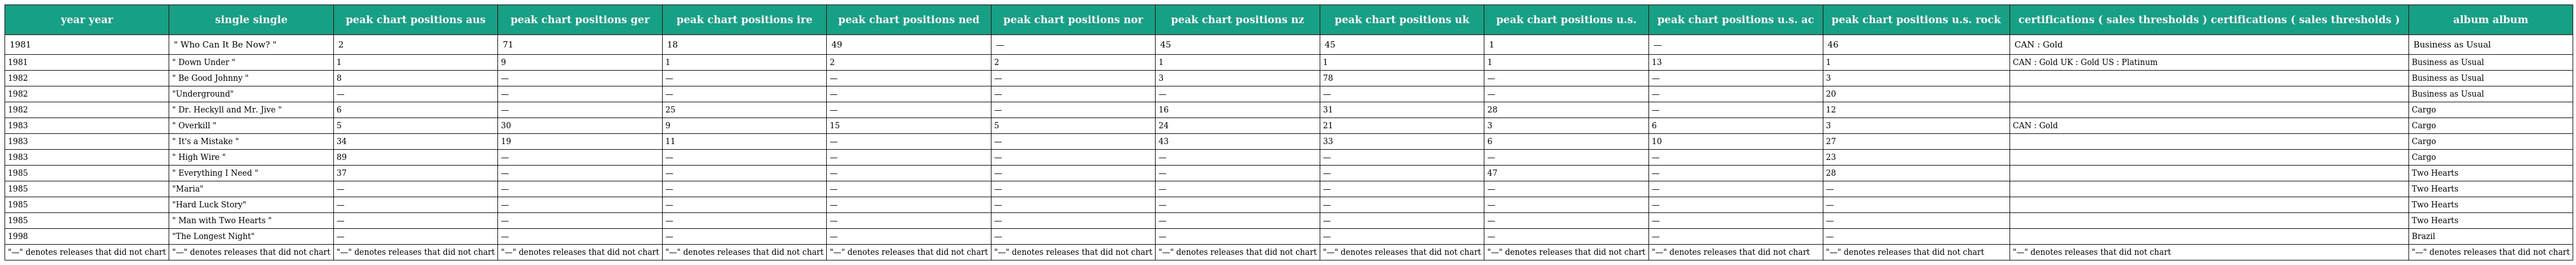
| year year | single single | peak chart positions aus | peak chart positions ger | peak chart positions ire | peak chart positions ned | peak chart positions nor | peak chart positions nz | peak chart positions uk | peak chart positions u.s. | peak chart positions u.s. ac | peak chart positions u.s. rock | certifications ( sales thresholds ) certifications ( sales thresholds ) | album album |
 | --- | --- | --- | --- | --- | --- | --- | --- | --- | --- | --- | --- | --- | --- |
 | 1981 | " Who Can It Be Now? " | 2 | 71 | 18 | 49 | — | 45 | 45 | 1 | — | 46 | CAN : Gold | Business as Usual |
 | 1981 | " Down Under " | 1 | 9 | 1 | 2 | 2 | 1 | 1 | 1 | 13 | 1 | CAN : Gold UK : Gold US : Platinum | Business as Usual |
 | 1982 | " Be Good Johnny " | 8 | — | — | — | — | 3 | 78 | — | — | 3 |  | Business as Usual |
 | 1982 | "Underground" | — | — | — | — | — | — | — | — | — | 20 |  | Business as Usual |
 | 1982 | " Dr. Heckyll and Mr. Jive " | 6 | — | 25 | — | — | 16 | 31 | 28 | — | 12 |  | Cargo |
 | 1983 | " Overkill " | 5 | 30 | 9 | 15 | 5 | 24 | 21 | 3 | 6 | 3 | CAN : Gold | Cargo |
 | 1983 | " It's a Mistake " | 34 | 19 | 11 | — | — | 43 | 33 | 6 | 10 | 27 |  | Cargo |
 | 1983 | " High Wire " | 89 | — | — | — | — | — | — | — | — | 23 |  | Cargo |
 | 1985 | " Everything I Need " | 37 | — | — | — | — | — | — | 47 | — | 28 |  | Two Hearts |
 | 1985 | "Maria" | — | — | — | — | — | — | — | — | — | — |  | Two Hearts |
 | 1985 | "Hard Luck Story" | — | — | — | — | — | — | — | — | — | — |  | Two Hearts |
 | 1985 | " Man with Two Hearts " | — | — | — | — | — | — | — | — | — | — |  | Two Hearts |
 | 1998 | "The Longest Night" | — | — | — | — | — | — | — | — | — | — |  | Brazil |
 | "—" denotes releases that did not chart | "—" denotes releases that did not chart | "—" denotes releases that did not chart | "—" denotes releases that did not chart | "—" denotes releases that did not chart | "—" denotes releases that did not chart | "—" denotes releases that did not chart | "—" denotes releases that did not chart | "—" denotes releases that did not chart | "—" denotes releases that did not chart | "—" denotes releases that did not chart | "—" denotes releases that did not chart | "—" denotes releases that did not chart | "—" denotes releases that did not chart |